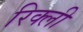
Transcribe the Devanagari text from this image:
रिक्ली